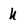
Character: u